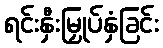
ရင်းနှီးမြှုပ်နှံခြင်း